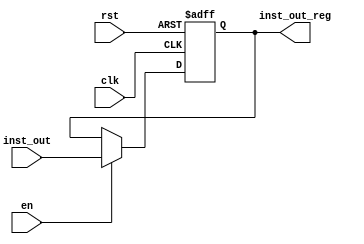
module fetch_id_reg(clk,rst,en,inst_out,inst_out_reg);
input [15:0] inst_out;
input clk,rst,en;
output reg [15:0] inst_out_reg;
always@(posedge clk,posedge rst)begin
 if(rst) inst_out_reg=0;
 else if(en)
	inst_out_reg=inst_out;
end
endmodule